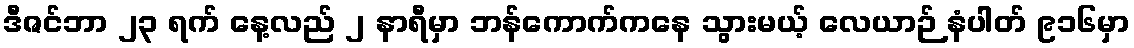
ဒီဇင်ဘာ ၂၃ ရက် နေ့လည် ၂ နာရီမှာ ဘန်ကောက်ကနေ သွားမယ့် လေယာဉ် နံပါတ် ၉၁၆မှာ